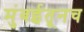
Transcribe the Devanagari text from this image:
मुंबईतूनच